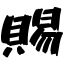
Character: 賜